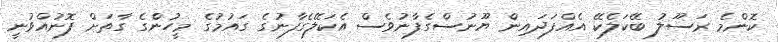
ކޮންމެ ރަސޫލު ބޭކަލެކޭ އެއްފަދައިން ޔޫނުސްގެފާނުވެސް އެކަލޭގެފާނުގެ ގައުމުގެ މީހުންގެ ގާތަށް ފޮނުއްވުނީ